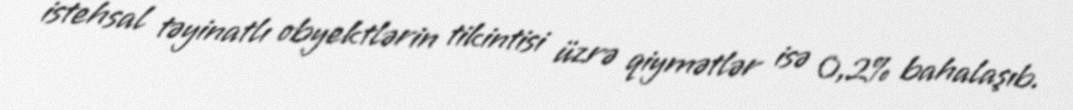
istehsal təyinatlı obyektlərin tikintisi üzrə qiymətlər isə 0,2% bahalaşıb.